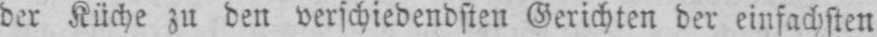
der Küche zu den verschiedensten Gerichten der einfachsten